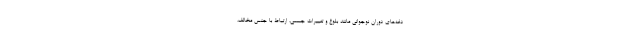
دغه‌های دوران نوجوانی مانند بلوغ و تغییرات جسمی، ارتباط با جنس مخالف،